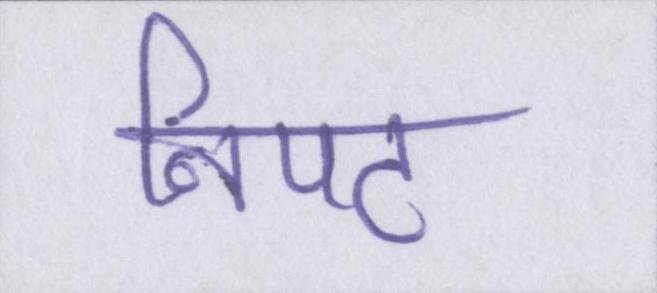
निपट